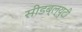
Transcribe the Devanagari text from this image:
सीडब्ल्युटी